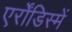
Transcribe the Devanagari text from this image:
एर्रोंडिस्में